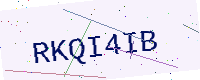
Text: RKQI4IB